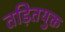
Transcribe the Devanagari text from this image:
तड़ितयुक्त